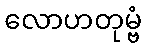
လောဟတုမ္ဗံ